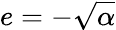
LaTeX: e=-\sqrt{\alpha}